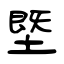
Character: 塈